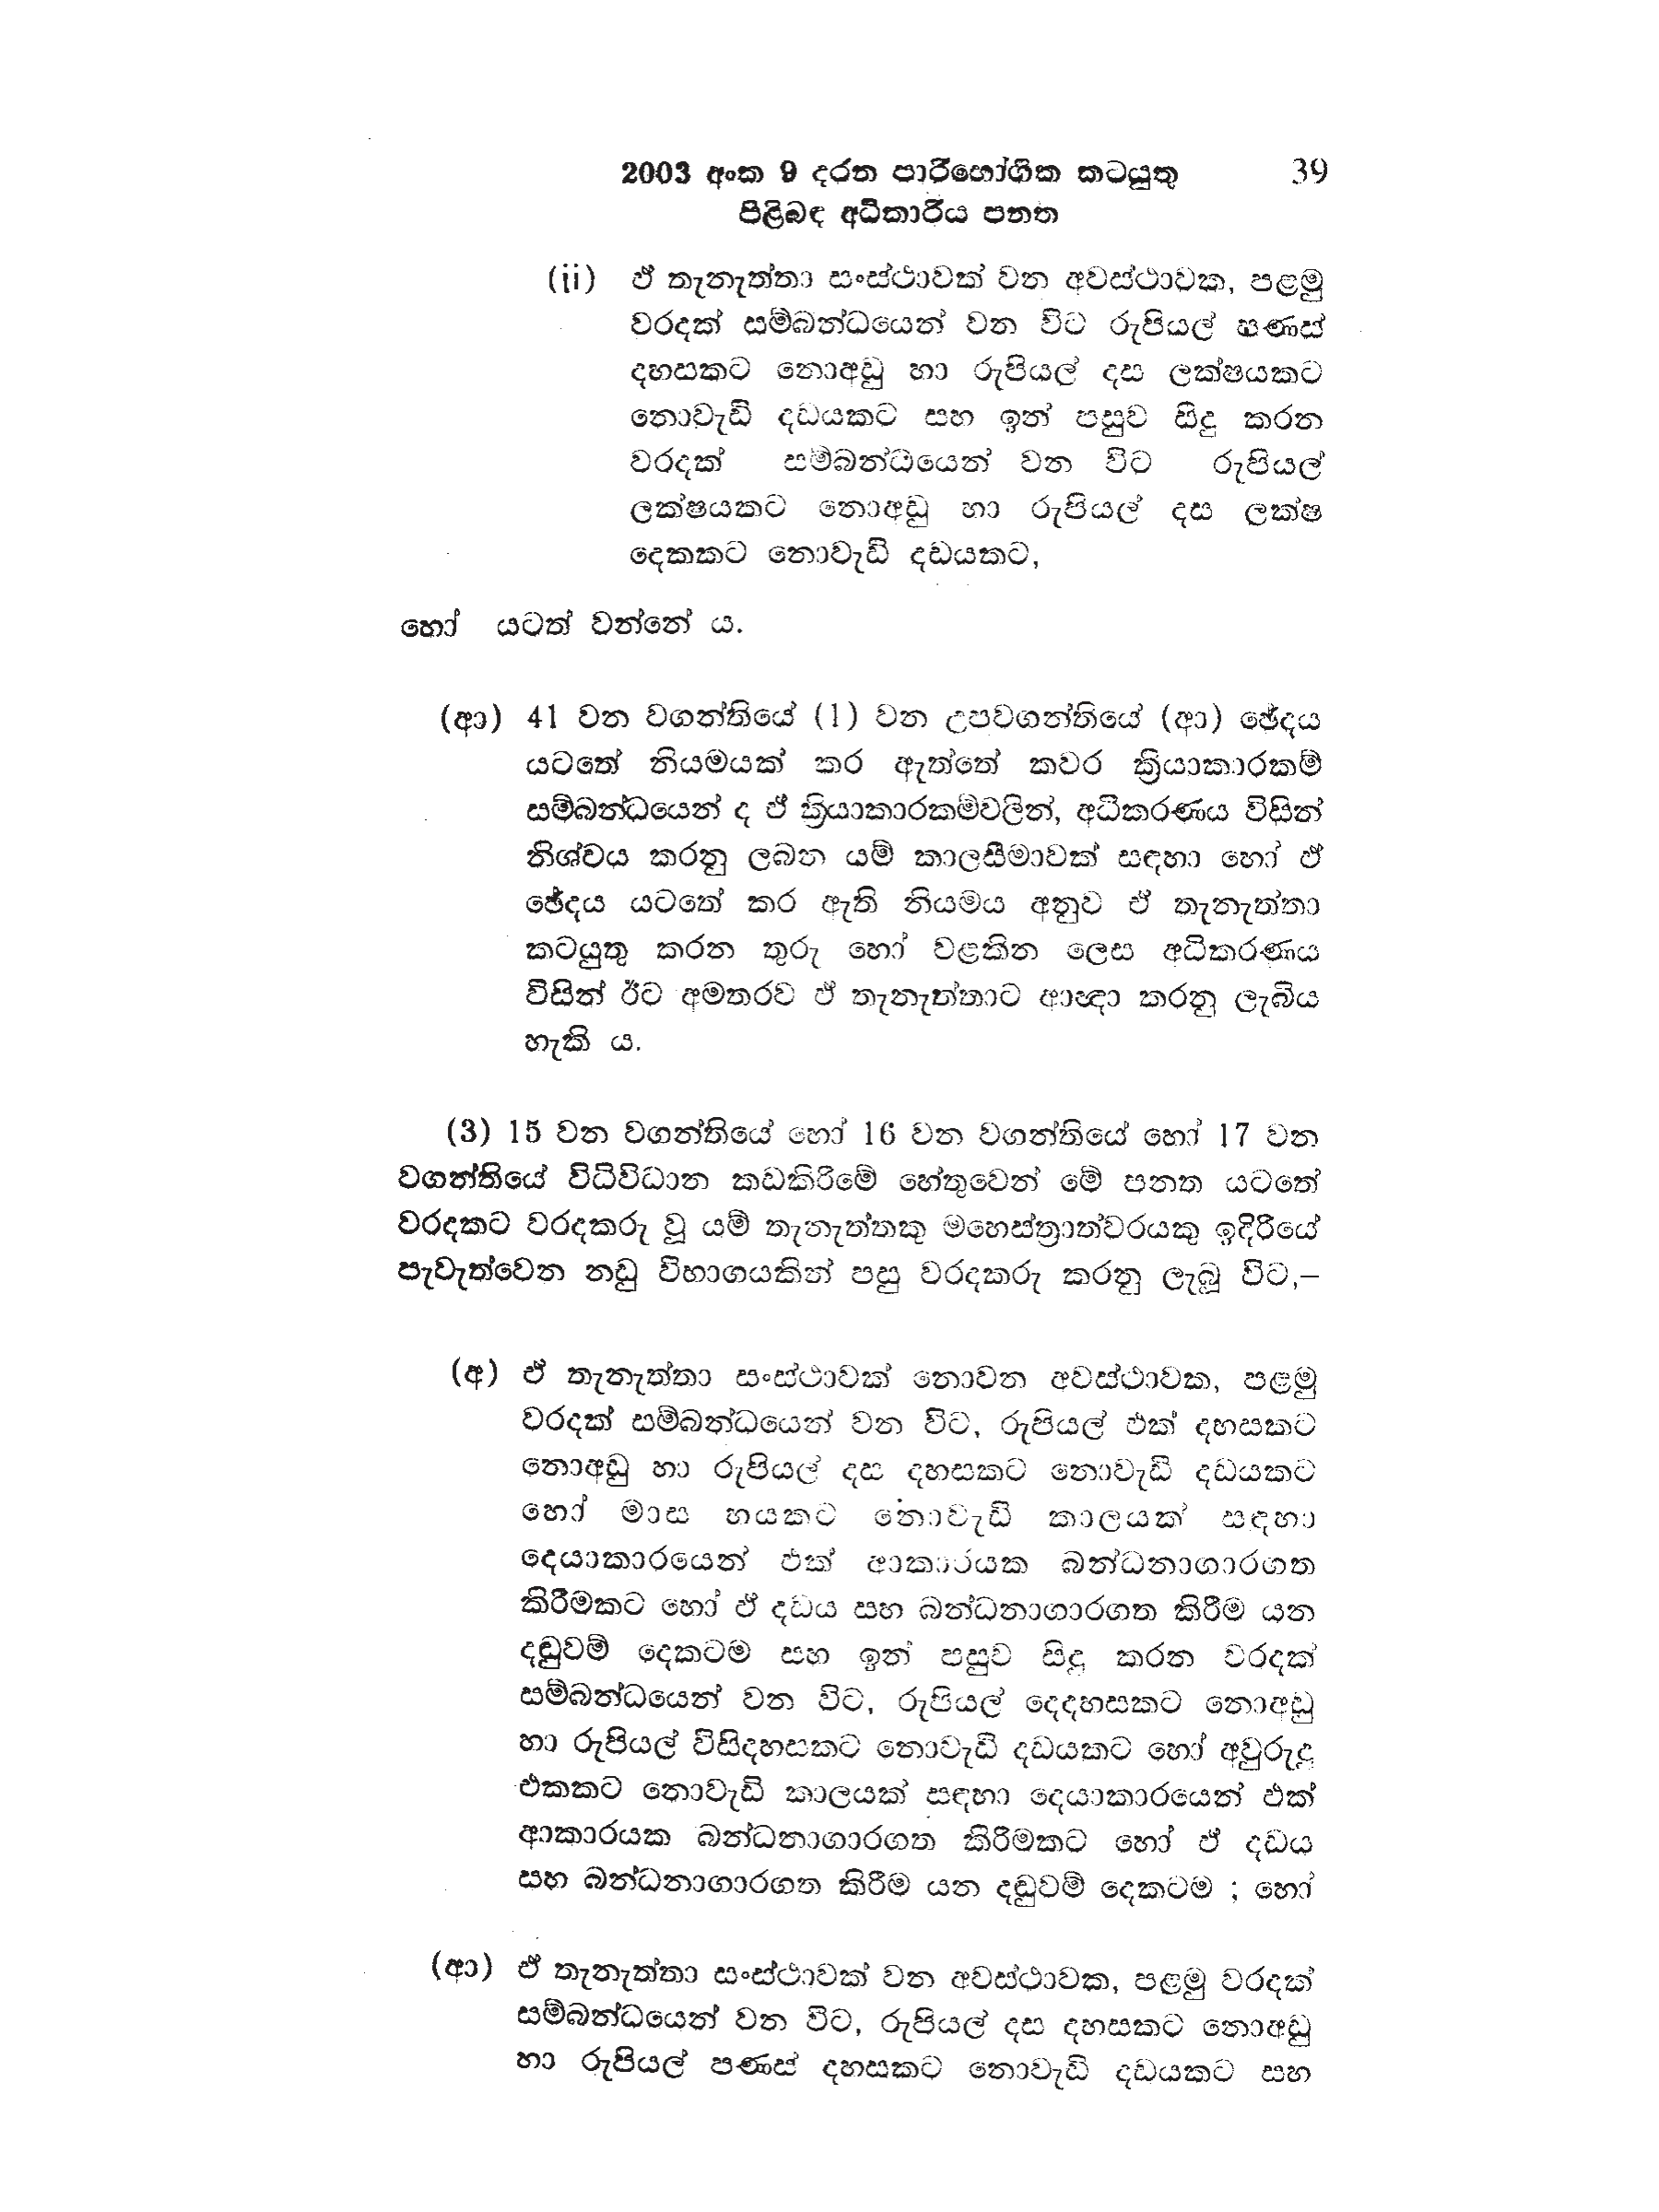
2003 අංක 9 දරන පාරිභෝගික කටයුතු 39
පිළිබඳ අධිකාරිය පනත

(ii) ඒ තැනැත්තා සංස්ථාවක් වන අවස්ථාවක, පළමු
වරදක් සම්බන්ධයෙන් වන විට රුපියල් පණස්
දහසකට නොඅඩු හා රුපියල් දස ලක්ෂයකට
නොවැඩි දඩයකට සහ ඉන් පසුව සිදු කරන
වරදක් සම්බන්ධයෙන් වන විට රුපියල්
ලක්ෂයකට නොඅඩු හා රුපියල් දස ලක්ෂ
දෙකකට නොවැඩි දඩයකට,

හෝ යටත් වන්නේ ය.

(ආ) 41 වන වගන්තියේ (1) වන උපවගන්තියේ (ආ) ඡේදය
යටතේ නියමයක් කර ඇත්තේ කවර ක්‍රියාකාරකම්
සම්බන්ධයෙන් ද ඒ ක්‍රියාකාරකම්වලින්, අධිකරණය විසින්
නිශ්චය කරනු ලබන යම් කාලසීමාවක් සඳහා හෝ ඒ
ඡේදය යටතේ කර ඇති නියමය අනුව ඒ තැනැත්තා
කටයුතු කරන තුරු හෝ වළකින ලෙස අධිකරණය
විසින් ඊට අමතරව ඒ තැනැත්තාට ආඥා කරනු ලැබිය
හැකි ය.

(3) 15 වන වගන්තියේ හෝ 16 වන වගන්තියේ හෝ 17 වන
වගන්තියේ විධිවිධාන කඩකිරීමේ හේතුවෙන් මේ පනත යටතේ
වරදකට වරදකරු වූ යම් තැනැත්තකු මහෙස්ත්‍රාත්වරයකු ඉදිරියේ
පැවැත්වෙන නඩු විභාගයකින් පසු වරදකරු කරනු ලැබූ විට,-

(අ) ඒ තැනැත්තා සංස්ථාවක් නොවන අවස්ථාවක, පළමු
වරදක් සම්බන්ධයෙන් වන විට, රුපියල් එක් දහසකට
තොඅඩු හා රුපියල් දස දහසකට නොවැඩි දඩයකට
හෝ මාස හයකට නොවැඩි කාලයක් සඳහා
දෙයාකාරයෙන් එක් ආකාරයක බන්ධනාගාරගත
කිරීමකට හෝ ඵ් දඩය සහ බන්ධනාගාරගත කිරීම යන
දඬුවම් දෙකටම සහ ඉන් පසුව සිදු කරන වරදක්
සම්බන්ධයෙන් වන විට, රුපියල් දෙදහසකට නොඅඩු
හා රුපියල් විසිදහසකට නොවැඩි දඩයකට හෝ අවුරුදු
එකකට නොවැඩි කාලයක් සඳහා දෙයාකාරයෙන් එක්
ආකාරයක බන්ධනාගාරගත කිරීමකට හෝ ඒ දඩය
සහ බන්ධනාගාරගත කිරීම යන දඬුවම් දෙකටම; හෝ

(ආ) ඒ තැනැත්තා සංස්ථාවක් වන අවස්ථාවක, පළමු වරදක්
සම්බන්ධයෙන් වන විට, රුපියල් දස දහසකට නොඅඩු
හා රුපියල් පණස් දහසකට නොවැඩි දඩයකට සහ